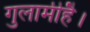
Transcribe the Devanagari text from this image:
गुलामीहै।